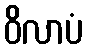
ဝိလာပံ